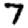
Digit: 7